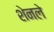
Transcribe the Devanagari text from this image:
शेनले